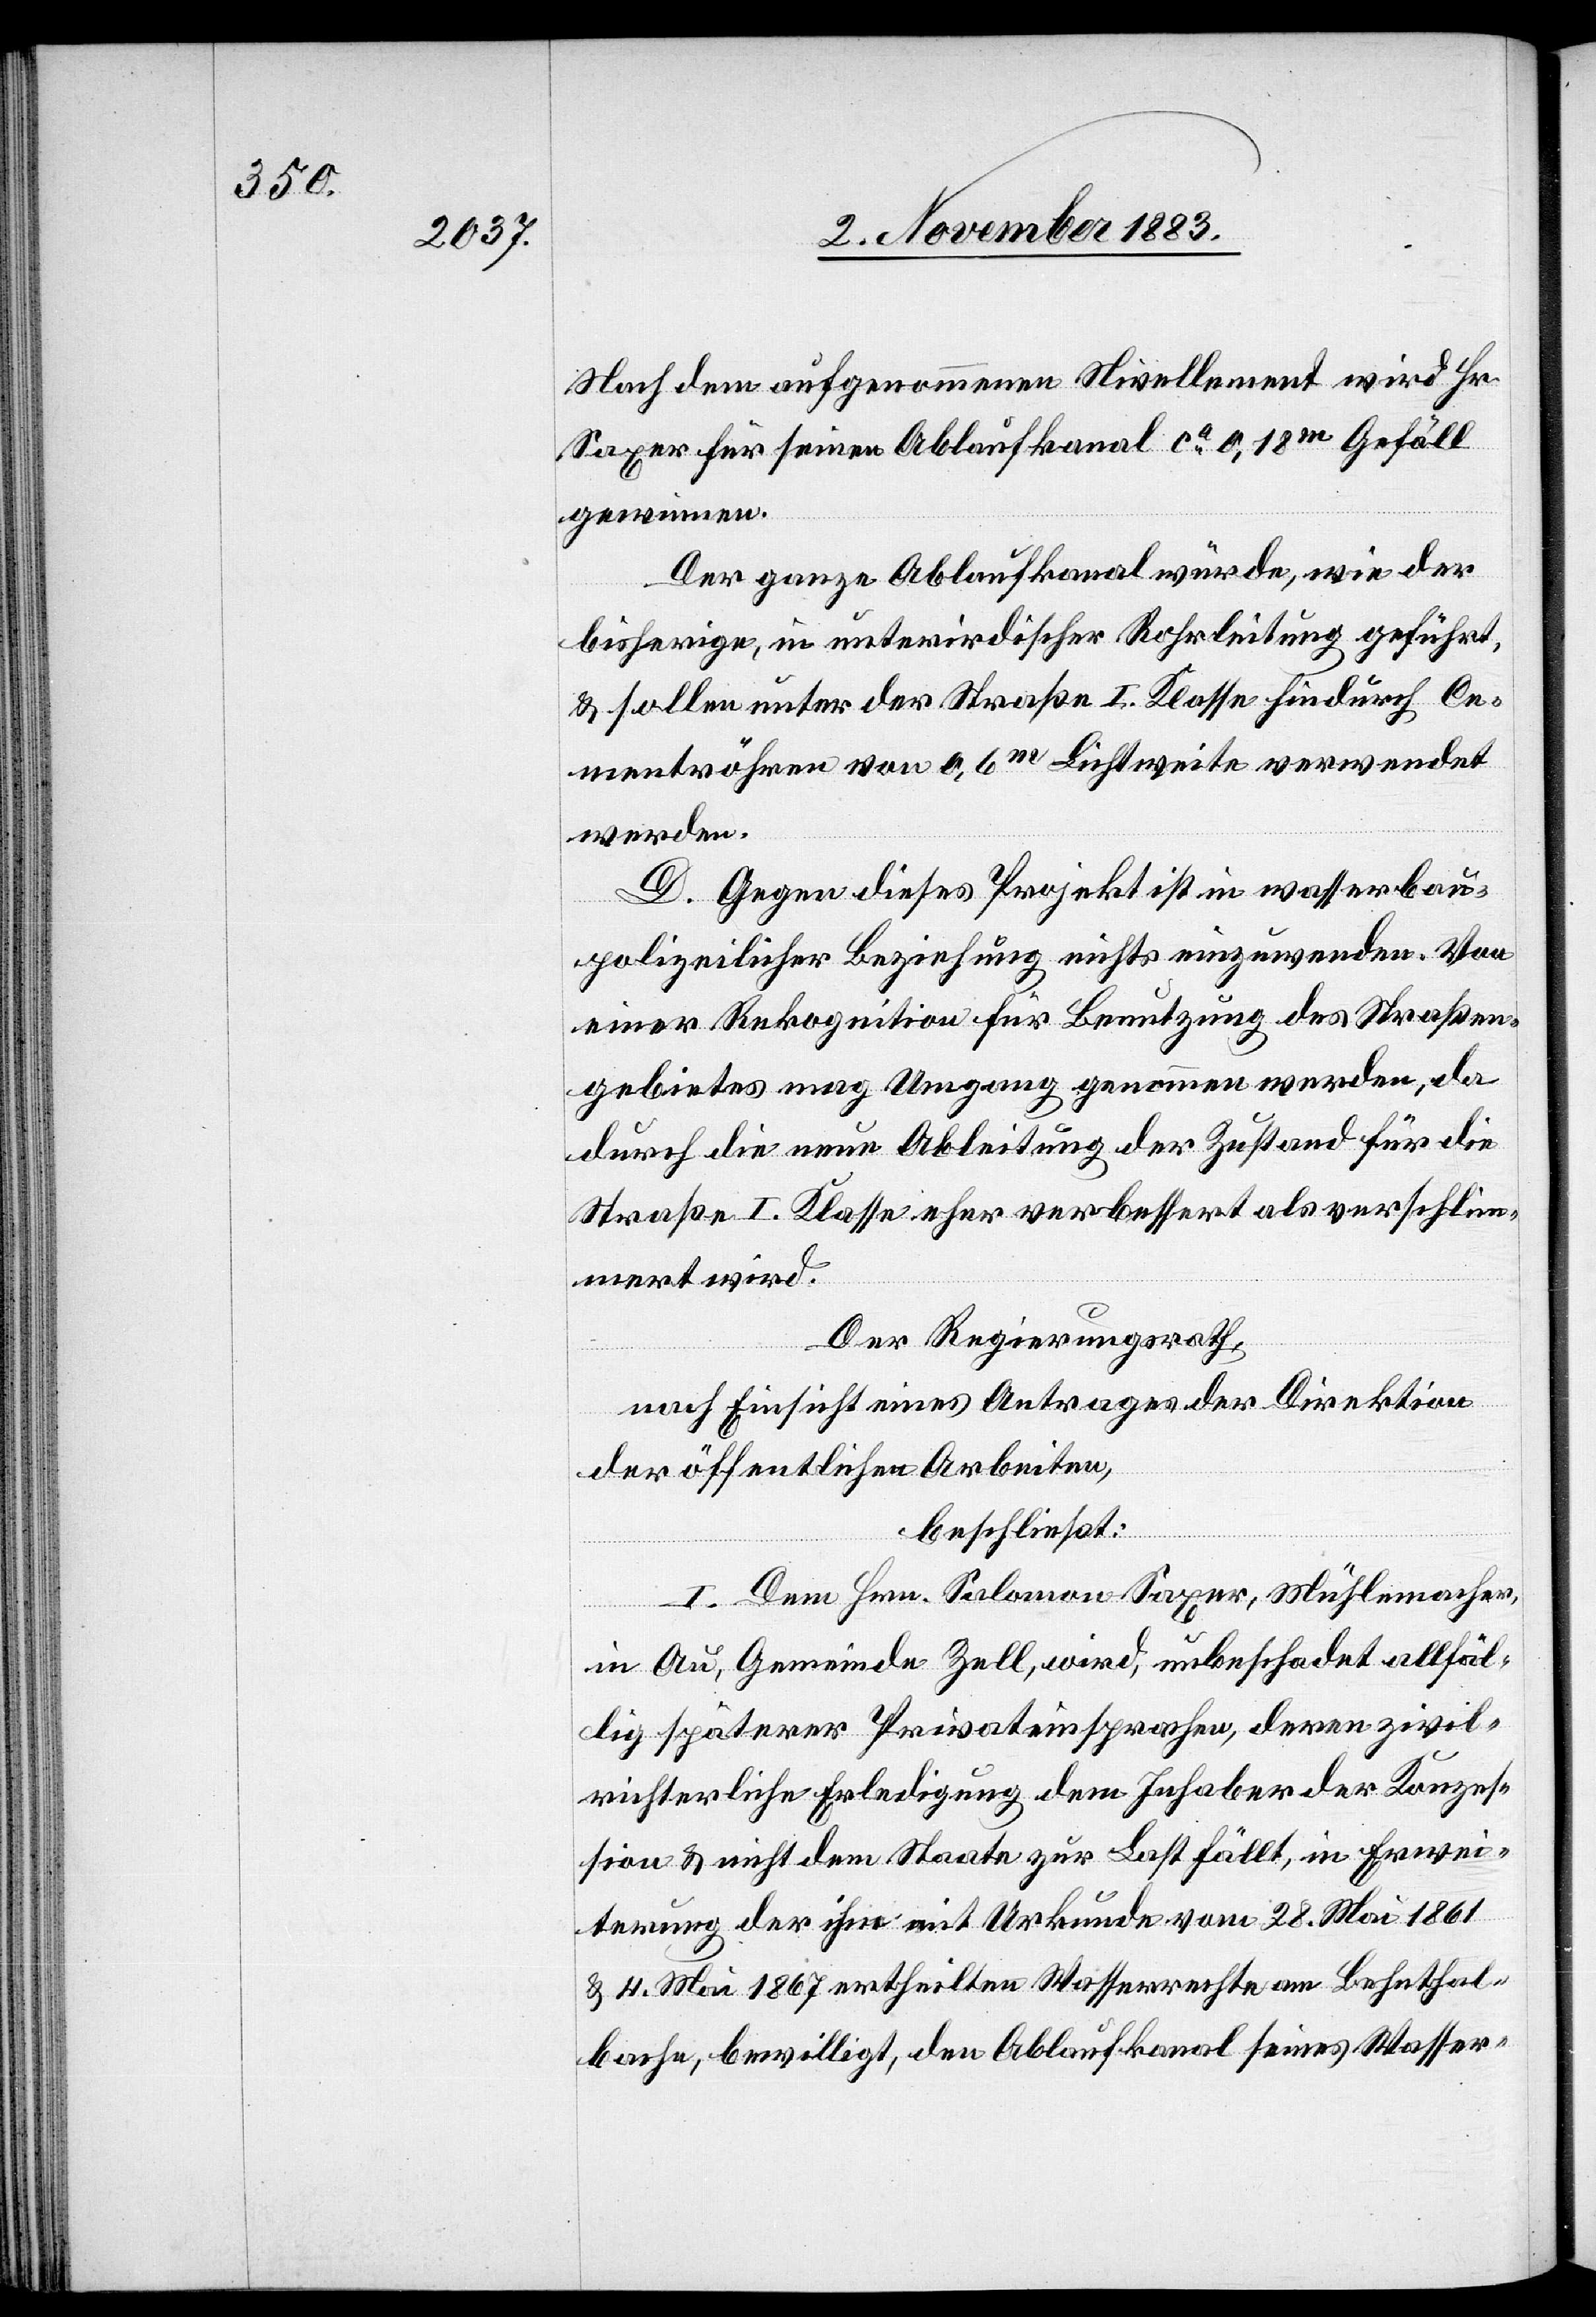
Nach dem aufgenommenen Nivellement wird Hr.
Saxer für seinen Ablaufkanal ca 0,18 m Gefäll
gewinnen.
Der ganze Ablaufkanal würde, wie der
bisherige, in unterirdischer Rohrleitung geführt,
& sollen unter der Straße I. Klasse hindurch Ce¬
mentsröhren von 0,6 m Lichtweite verwendet
werden.
D. Gegen dieses Projekt ist in wasserbau¬
polizeilicher Beziehung nichts einzuwenden. Von
einer Rekognition für Benutzung des Straßen¬
gebietes mag Umgang genommen werden, da
durch die neue Ableitung der Zustand für die
Straße I. Klasse eher verbessert als verschlim¬
mert wird.
Der Regierungsrath,
nach Einsicht eines Antrages der Direktion
der öffentlichen Arbeiten,
beschließt:
I. Dem Hrn. Salomon Saxer, Mühlemacher,
in Au, Gemeinde Zell, wird, unbeschadet allfäl¬
lig späterer Privateinsprachen, deren zivil¬
richterliche Erledigung dem Inhaber der Konzess¬
ion & der ihn mit Urkunde vom 28. Mai 1861
& 4. Mai 1867 ertheilten Wasserrechte am Behnthal¬
bache, bewilligt, den Ablaufkanal seines Wasser-